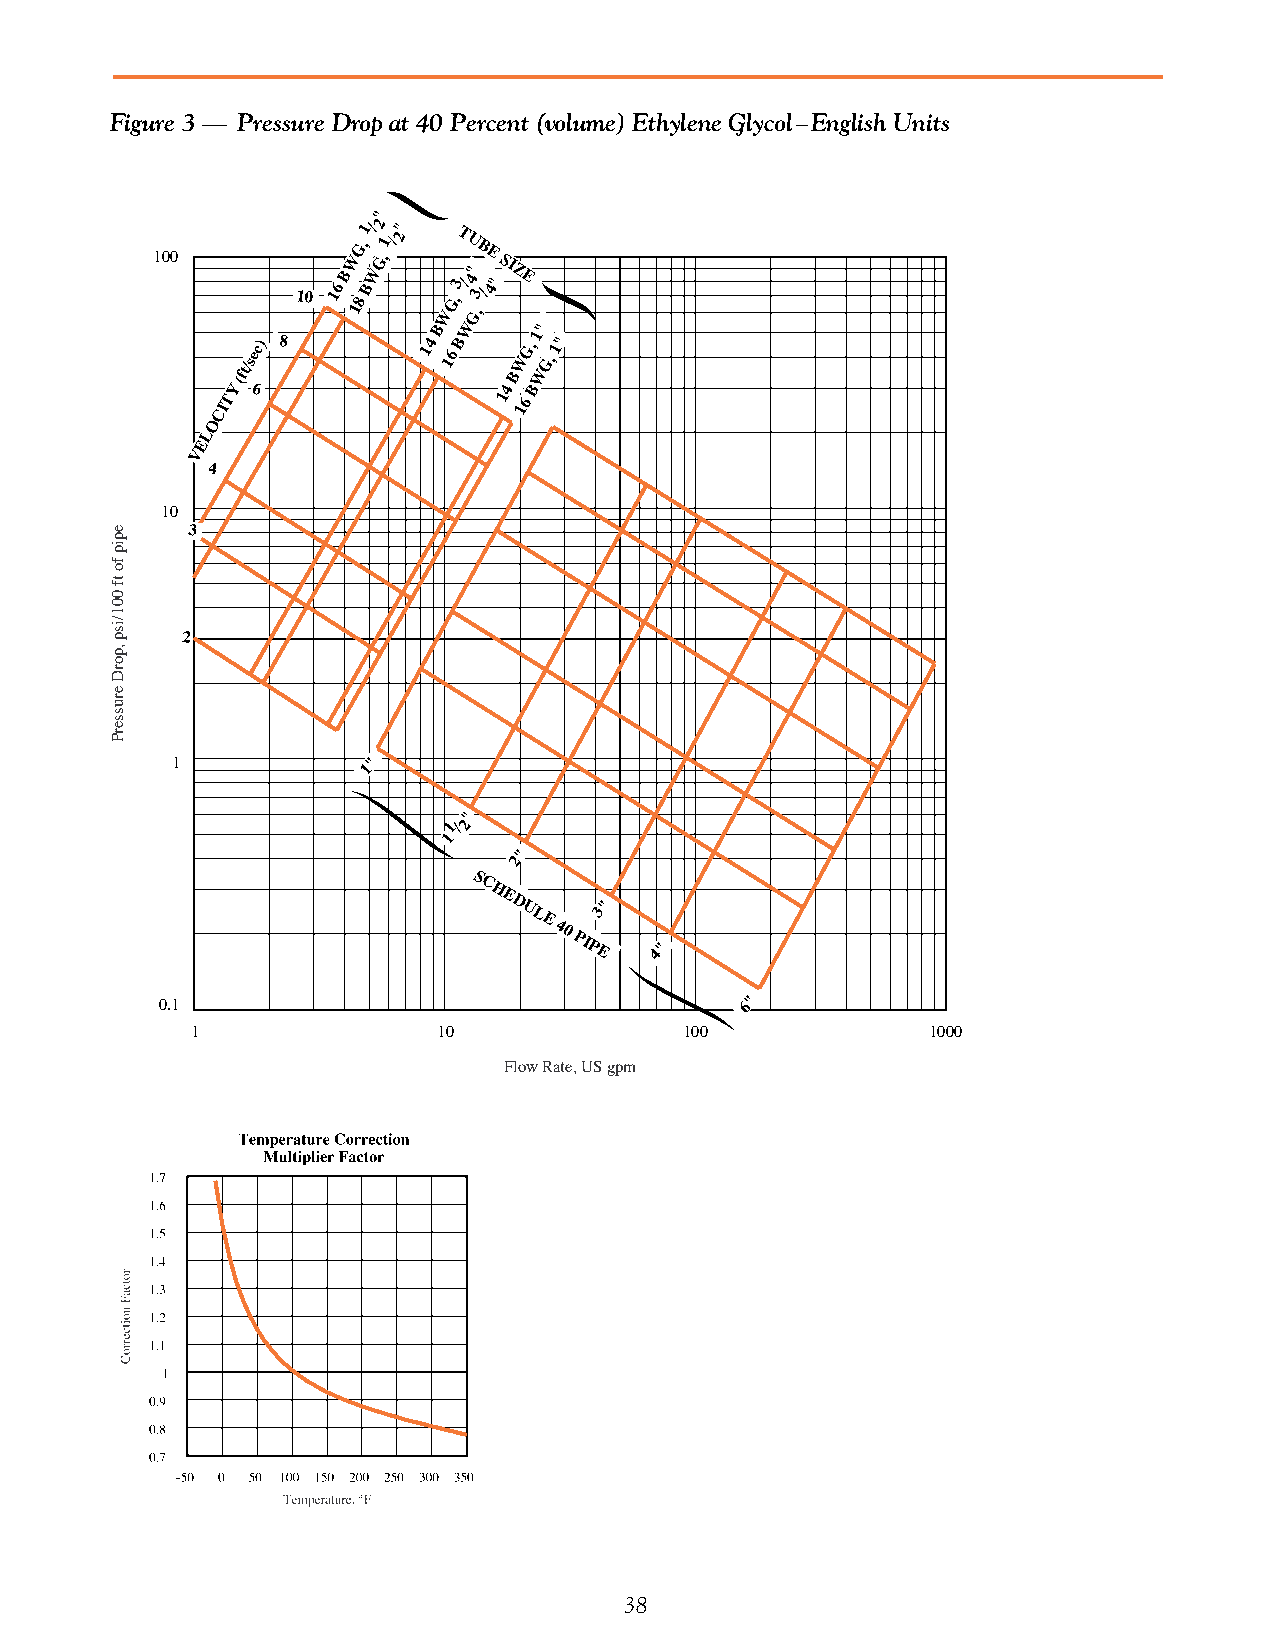
Figure 3 — Pressure Drop at 40 Percent (volume) Ethylene Glycol–English Units
 "
 1/2 "
 100
 10 16
 BW 18G , BWG,1 /2 WG,T 3/U 4" GB
 3
 ,
 /E
 4
 "SIZE
 CITY(ft/se
 6c) 8      14 B
 16
 BW
 14
 B
 1W
 6
 G, B1 W"
 G,
 1"
 O
 L
 E
 V
 4
 10
 3
 2
 1            1"
 "
 1/2
 1
 "
 2
 S
 C
 HE
 D     "
 ULE
 40
 PIPE3
 4"
 "
 0.1                                   6
 1               10              100             1000
 Flow Rate, US gpm
 38
 epip
 fo
 tf
 001/isp
 ,porD
 erusserP